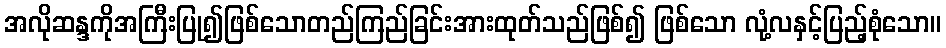
အလိုဆန္ဒကိုအကြီးပြု၍ဖြစ်သောတည်ကြည်ခြင်းအားထုတ်သည်ဖြစ်၍ ဖြစ်သော လုံ့လနှင့်ပြည့်စုံသော။